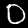
Digit: 0